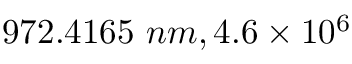
9 7 2 . 4 1 6 5 ~ n m , 4 . 6 \times 1 0 ^ { 6 }